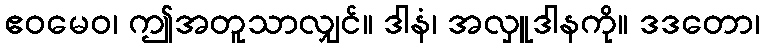
ဧဝမေဝ၊ ဤအတူသာလျှင်။ ဒါနံ၊ အလှူဒါနကို။ ဒဒတော၊